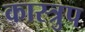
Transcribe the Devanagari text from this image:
कास्त्रुप